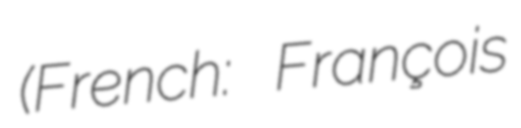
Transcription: (French: François